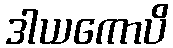
ဒါယကောပိ